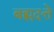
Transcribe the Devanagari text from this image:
बह्मदत्ते